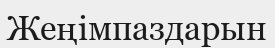
Жеңімпаздарын